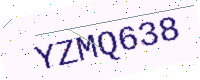
Text: YZMQ638